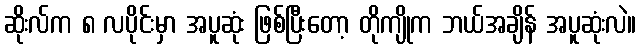
ဆိုးလ်က ၈ လပိုင်းမှာ အပူဆုံး ဖြစ်ပြီးတော့ တိုကျိုက ဘယ်အချိန် အပူဆုံးလဲ။